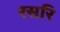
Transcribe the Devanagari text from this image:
रसरि